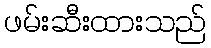
ဖမ်းဆီးထားသည်